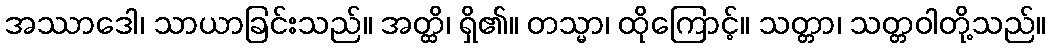
အဿာဒေါ၊ သာယာခြင်းသည်။ အတ္ထိ၊ ရှိ၏။ တသ္မာ၊ ထိုကြောင့်။ သတ္တာ၊ သတ္တဝါတို့သည်။